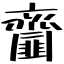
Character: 齏